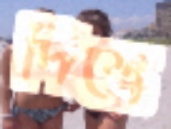
দিস্তে